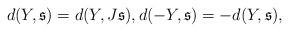
LaTeX: \begin{align*}d(Y,\mathfrak s)=d(Y,J\mathfrak s),d(-Y,\mathfrak s)=-d(Y,\mathfrak s),\end{align*}